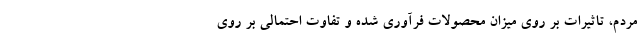
مردم، تاثیرات بر روی میزان محصولات فرآوری شده و تفاوت احتمالی بر روی